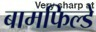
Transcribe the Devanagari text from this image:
बामफिल्डे